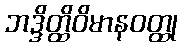
ဘဒ္ဒိတ္ထိဝိမာနဝတ္ထု